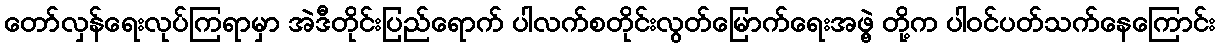
တော်လှန်ရေးလုပ်ကြရာမှာ အဲဒီတိုင်းပြည်ရောက် ပါလက်စတိုင်းလွတ်မြောက်ရေးအဖွဲ့ တို့က ပါဝင်ပတ်သက်နေကြောင်း